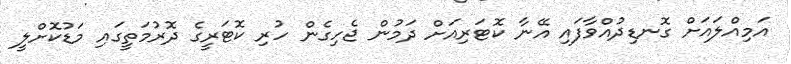
އަމިއްލައަށް ގޮނޑިދުއްވާފައި އޭނާ ކޮޓަރިއަށް ދަމުން ޖެހިގެން ހުރި ކޮޓަރީގެ ދޮރުމަތީގައި މަޑުކޮށްލީ